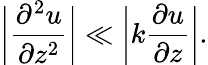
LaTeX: {\bigg|}{\frac{\partial^{2}u}{\partial z^{2}}}{\bigg|}\ll{\bigg|}{k{\frac{\partial u}{\partial z}}}{\bigg|}.